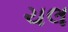
ચલ